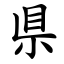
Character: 県